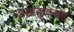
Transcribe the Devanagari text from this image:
असादुल्लाह